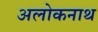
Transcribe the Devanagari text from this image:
अलोकनाथ